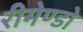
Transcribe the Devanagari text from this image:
रीमेण्डो